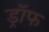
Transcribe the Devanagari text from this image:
ड्रॉफ